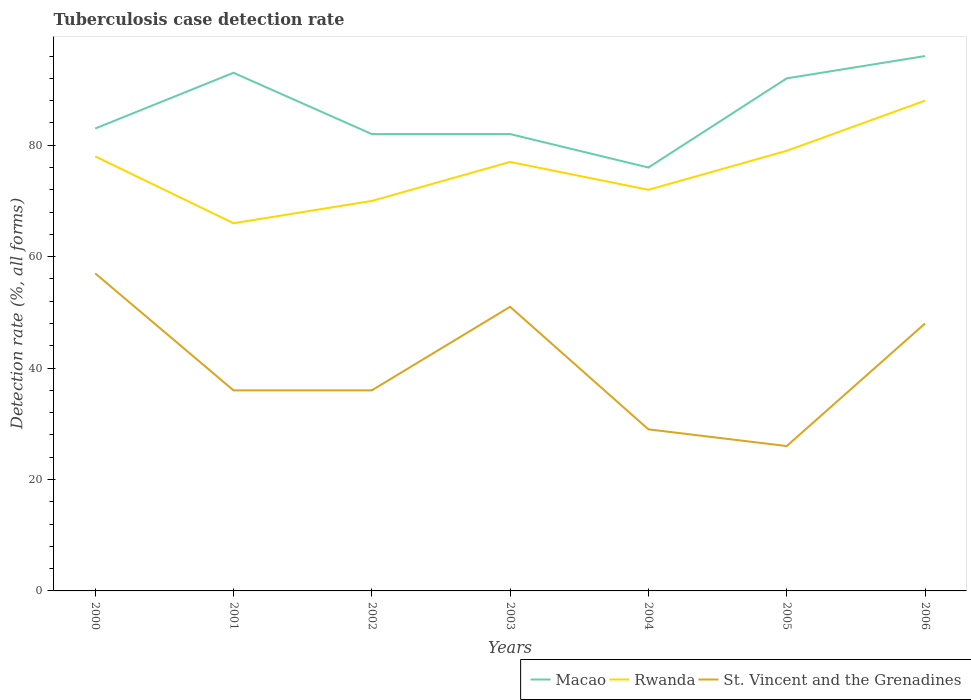
| Years | Macao | Rwanda | St. Vincent and the Grenadines |
 | --- | --- | --- | --- |
 | 2000 | 83 | 78 | 57 |
 | 2001 | 93 | 66 | 36 |
 | 2002 | 82 | 70 | 36 |
 | 2003 | 82 | 77 | 51 |
 | 2004 | 76 | 72 | 29 |
 | 2005 | 92 | 79 | 26 |
 | 2006 | 96 | 88 | 48 |